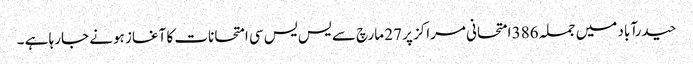
حیدرآباد میں جملہ 386 امتحانی مراکز پر 27 مارچ سے یس یس سی امتحانات کا آغاز ہونے جارہا ہے ۔